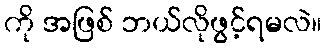
ကို အဖြစ် ဘယ်လိုဖွင့်ရမလဲ။